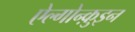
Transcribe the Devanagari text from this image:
ऐल्गोन्क़ुइन